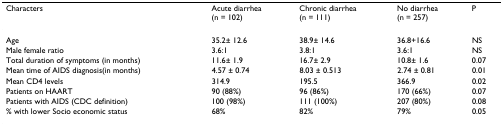
<table><thead><tr><td><b>Characters</b></td><td><b>Acute diarrhea (n = 102)</b></td><td><b>Chronic diarrhea (n = 111)</b></td><td><b>No diarrhea (n = 257)</b></td><td><b>P</b></td></tr></thead><tbody><tr><td>Age</td><td>35.2± 12.6</td><td>38.9± 14.6</td><td>36.8+16.6</td><td>NS</td></tr><tr><td>Male female ratio</td><td>3.6:1</td><td>3.8:1</td><td>3.6:1</td><td>NS</td></tr><tr><td>Total duration of symptoms (in months)</td><td>11.6± 1.9</td><td>16.7± 2.9</td><td>10.8± 1.6</td><td>0.07</td></tr><tr><td>Mean time of AIDS diagnosis(in months)</td><td>4.57 ± 0.74</td><td>8.03 ± 0.513</td><td>2.74 ± 0.81</td><td>0.01</td></tr><tr><td>Mean CD4 levels</td><td>314.9</td><td>195.5</td><td>366.9</td><td>0.02</td></tr><tr><td>Patients on HAART</td><td>90 (88%)</td><td>96 (86%)</td><td>170 (66%)</td><td>0.07</td></tr><tr><td>Patients with AIDS (CDC definition)</td><td>100 (98%)</td><td>111 (100%)</td><td>207 (80%)</td><td>0.08</td></tr><tr><td>% with lower Socio economic status</td><td>68%</td><td>82%</td><td>79%</td><td>0.05</td></tr></tbody></table>